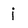
Character: i